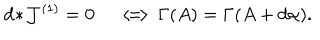
LaTeX: d \! \ast \! { \cal J } ^ { ( 1 ) } = 0 \quad \Longleftrightarrow \Gamma ( A ) = \Gamma ( A + d \alpha ) .